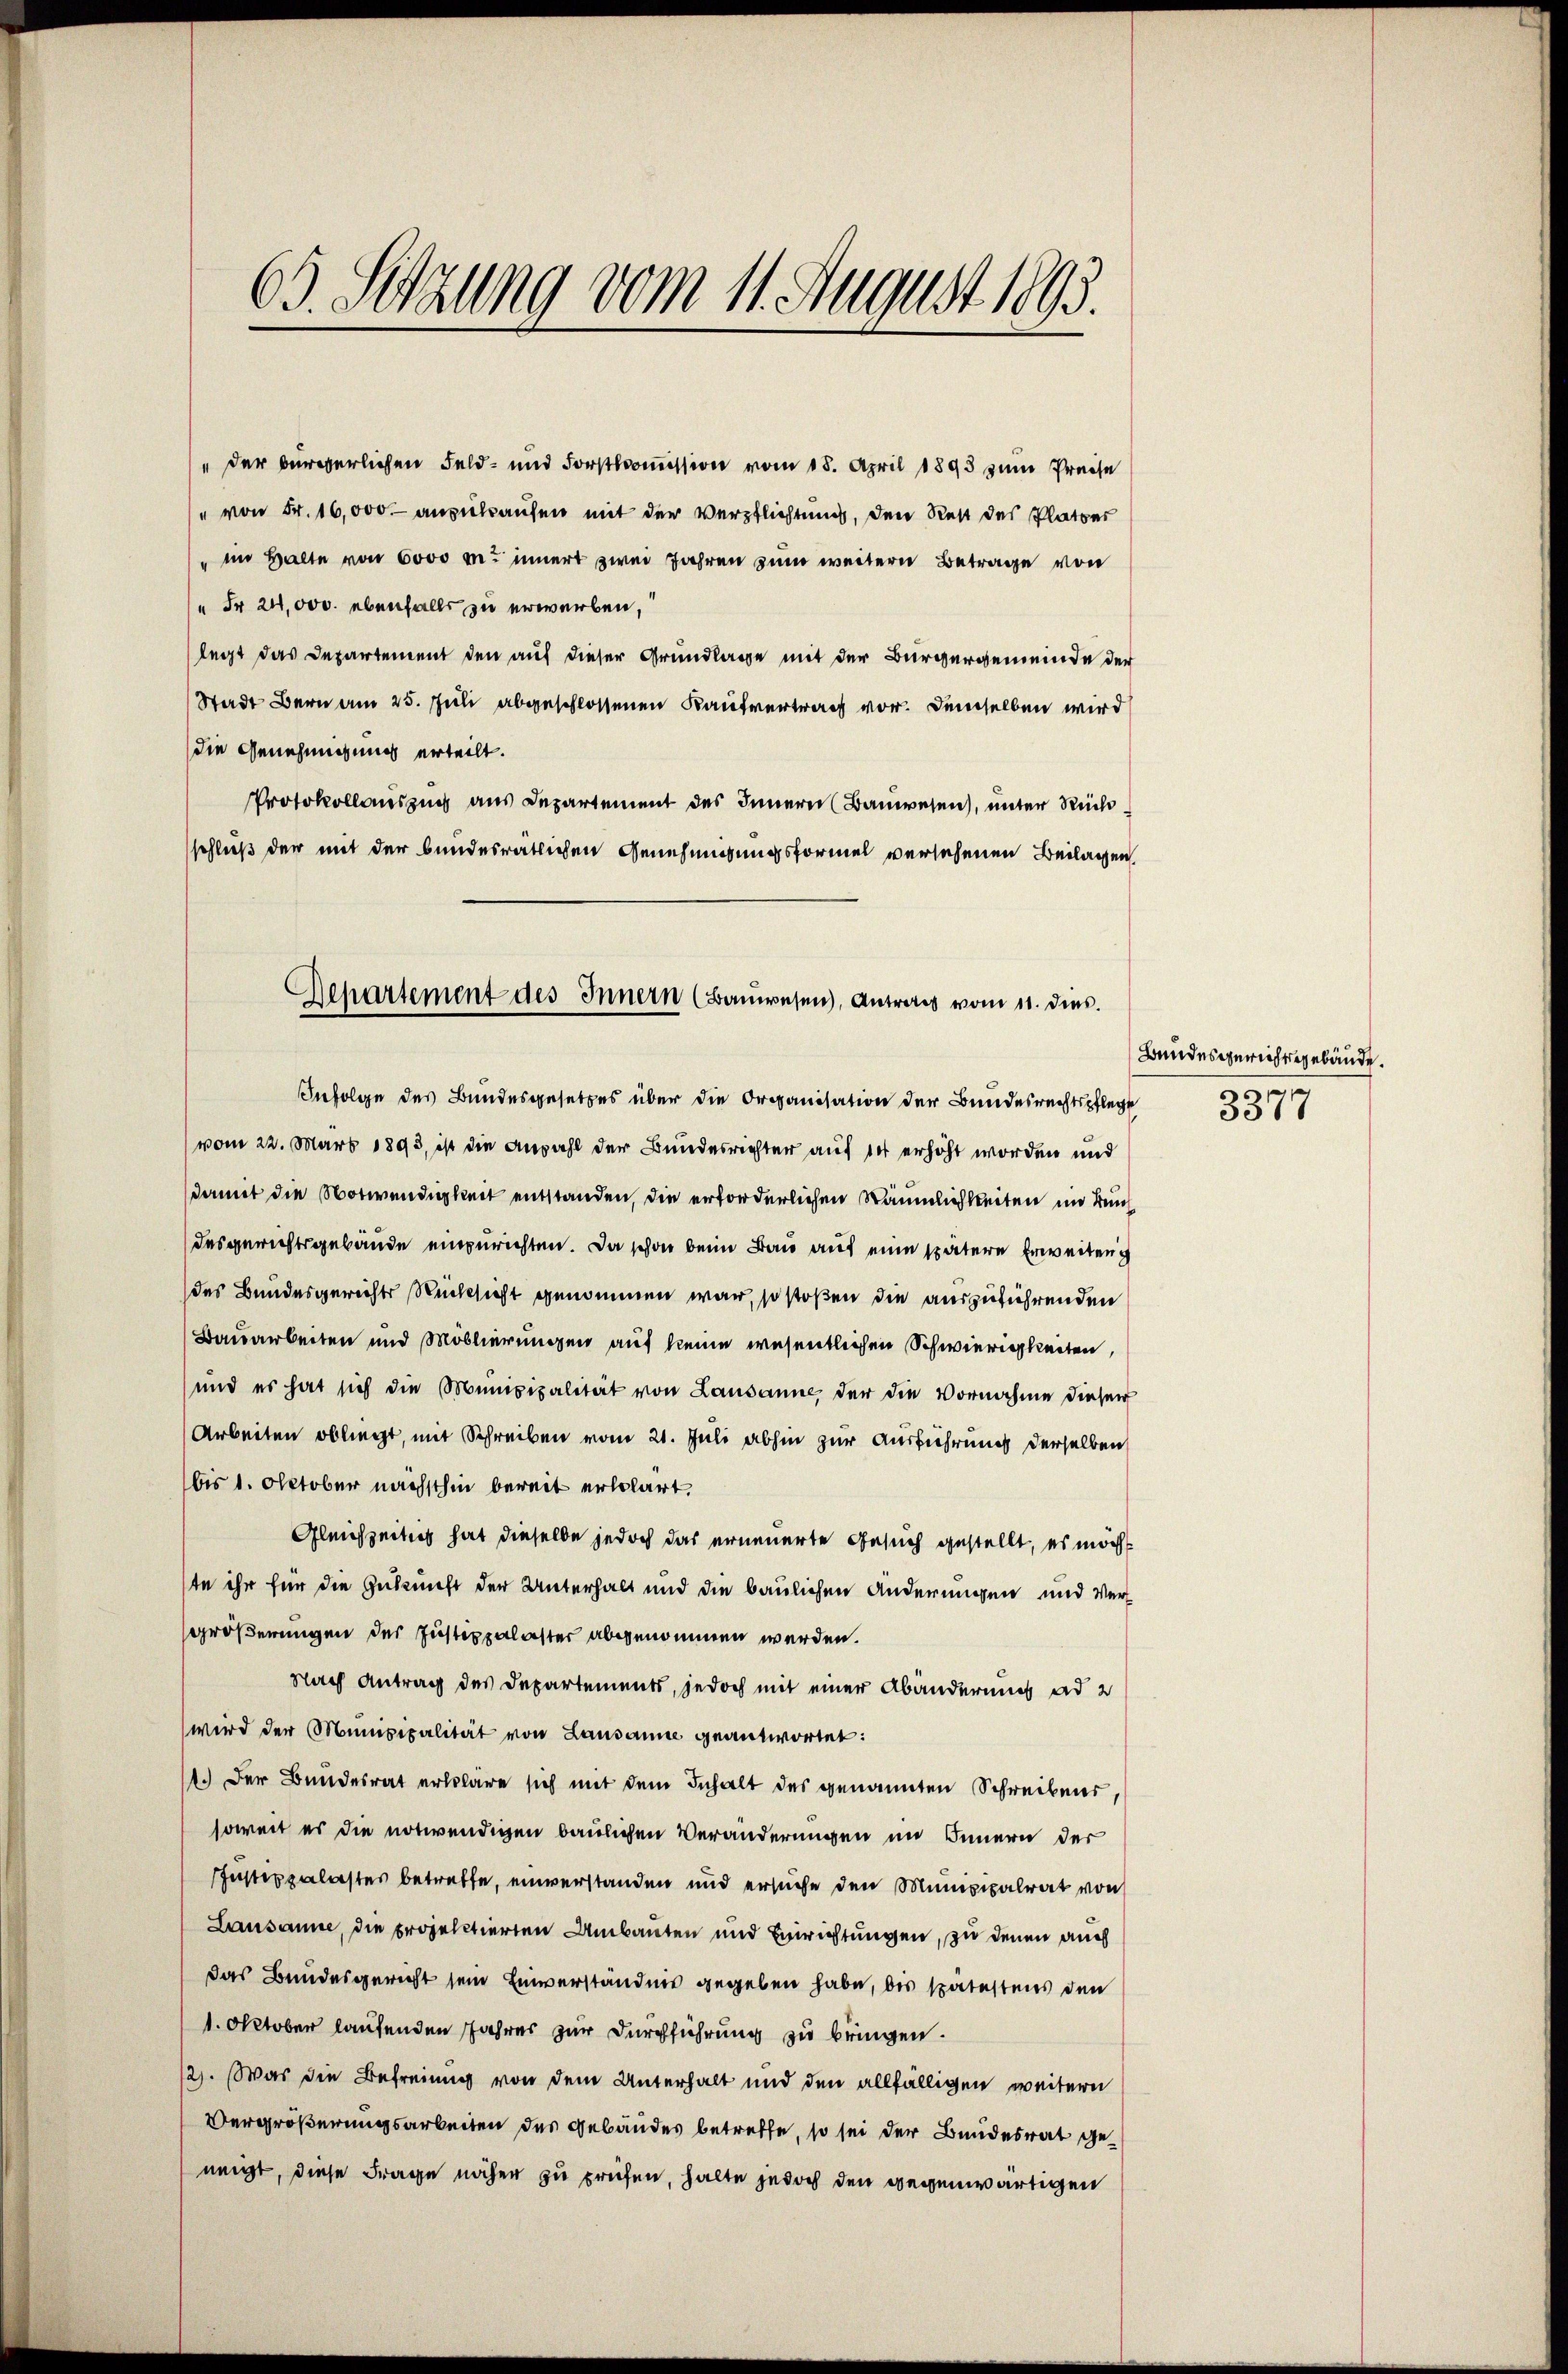
63. Setzung vom 11. August 1893.

" der bürgerlichen Feld- und Forstkomission vom 18. April 1893 zum Preise
" von Fr. 16,000.- anzukaufen mit der Verpflichtung, den Rest des Platzes
im Halte von 6000 m. innert zwei Jahren zum weitern Betrage von
" Fr. 24,000. ebenfalls zu erwerben,
legt das Departement den auf dieser Grundlage mit der Bürgergemeinde der
Stadt Bern am 25. Juli abgeschlossenen Kaufvertrag vor. Demselben wird
die Genehmigung erteilt.
Protokollauszug aus Departement des Innern (Bauwesen, unter Rück
schluß der mit der bundesratlichen Genehmigungsformel versehenen Beilagen,

Infolge des Bundesgesetzes über die Organisation der Bundesrechtspflege
vom 22. März 1893, ist die Anzahl der Bundesrichter auf er erhöht worden und
damit die Notwendigkeit entstanden, die erforderlichen Räumlichkeiten im Bundesgerichtsgebäude einzurichten. Da schon beim Bau auf eine spätere Erweiteng
des Bundesgerichts Rücksicht genommen war, so stoßen die auszuführenden
Bauarbeiten und Moblierungen auf keine wesentlichen Schwierigkeiten,
und es hat sich die Mempipalität von Lausanne der die Vornahme dieser
Arbeiten obliegt, mit Schreiben vom 21. Juli abhin zur Ausführung derselben
bis 1. Oktober nächsthin bereit erklärt.
Gleichzeitig hat dieselbe jedoch das erneuerte Gesuch gestellt, es möcht
ste ihr für die Zukunft der Unterhalt und die baulichen Anderungen und Vergrößerungen der Justizpalaster abgenommen werden.
Nach Antrag des Departements, jedoch mit einer Abänderung ad 2
wird der Mumpipalität von Lausanne geantwortet:
11.) Der Bundesrat erkläre sich mit dem Inhalt des genannten Schreibens,
soweit es die notwendigen baulichen Veränderungen im Innern der
Instippalastes betreffe, einverstanden und ersuche den Mumpipalrat von
Lausanne, die projectierten Umbauten und Berichtungen, zu denen auch
das Bundesgericht sein Einverständnis gegeben habe, des spätestens den
1. Oktober laufenden Jahres zur Durchführung zu bringen.
2). Was die Befreiung von dem Unterhalt und den allfälligen weitern
Vergrößerungsarbeiten des Gebäudes betreffe, so sei der Bundesrat geneigt, diese Frage näher zu prüfen, halte jedoch den gegenwärtigen

Separtement des Innern (Bauwesen), Antrag vom 11. dies

Bundesgerichtsgebäude.
am
3517